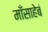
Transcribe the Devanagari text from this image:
माँसाहेबं